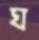
ঘ